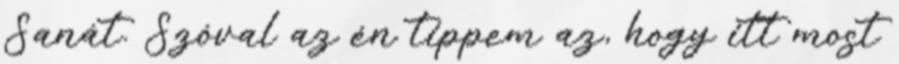
Sanát. Szóval az én tippem az, hogy itt most